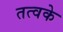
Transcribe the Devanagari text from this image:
तत्वके